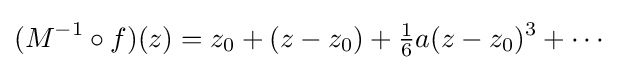
(M^{-1}\circ f)(z)=z_{0}+(z-z_{0})+{\tfrac {1}{6}}a(z-z_{0})^{3}+\cdots